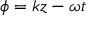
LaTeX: \phi = k z - \omega t